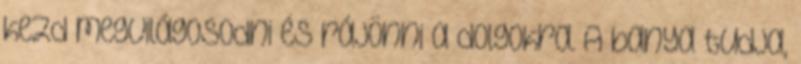
kezd megvilágosodni és rájönni a dolgokra. A banya tudja,